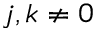
j , k \neq 0